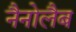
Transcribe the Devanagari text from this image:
नैनोलैब